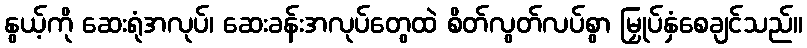
နွယ့်ကို ဆေးရုံအလုပ်၊ ဆေးခန်းအလုပ်တွေထဲ စိတ်လွတ်လပ်စွာ မြှုပ်နှံစေချင်သည်။